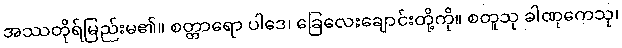
အဿတိုရ်မြည်းမ၏။ စတ္တာရော ပါဒေ၊ ခြေလေးချောင်းတို့ကို။ စတူသု ခါဏုကေသု၊